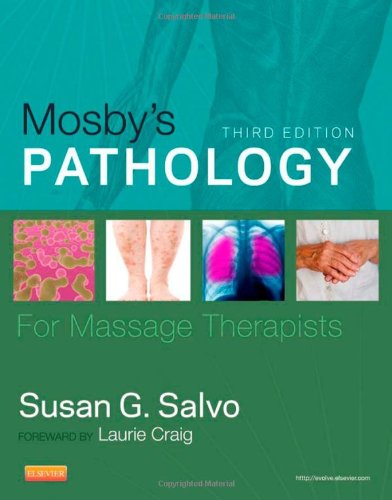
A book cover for Mosby's Pathology for Massage Therapists, 3e; Susan G. Salvo; Health, Fitness & Dieting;